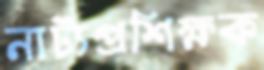
নাট্যপ্রশিক্ষক